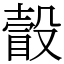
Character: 瞉